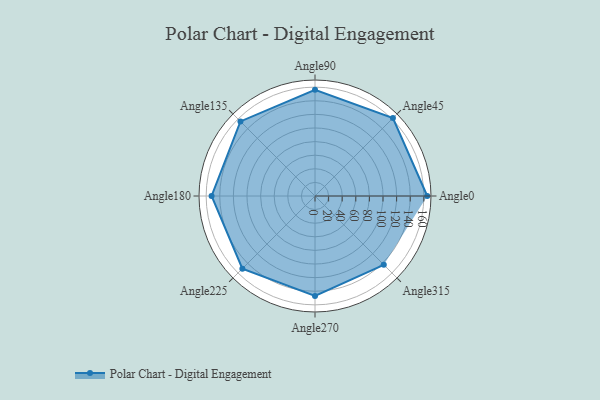
{"axis": {"x": "Angle", "y": "Radius"}, "legend": [""], "data": [{"x": "Angle0", "y": 165.0, "type": ""}, {"x": "Angle45", "y": 162.0, "type": ""}, {"x": "Angle90", "y": 156.0, "type": ""}, {"x": "Angle135", "y": 155.0, "type": ""}, {"x": "Angle180", "y": 152.0, "type": ""}, {"x": "Angle225", "y": 151.0, "type": ""}, {"x": "Angle270", "y": 147.0, "type": ""}, {"x": "Angle315", "y": 143.0, "type": ""}]}